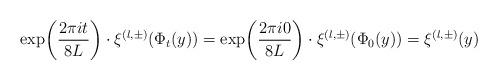
LaTeX: \begin{align*} \mathrm{exp}{ \left( \frac{ 2\pi i t }{8L} \right)} \cdot \xi^{(l, \pm)} (\Phi_t(y)) = \mathrm{exp}{ \left( \frac{ 2\pi i 0 }{8L} \right)} \cdot \xi^{(l, \pm)} (\Phi_0(y)) = \xi^{(l, \pm)} (y) \end{align*}